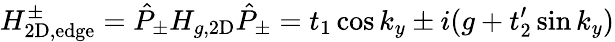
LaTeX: H_{\mathrm{2D,edge}}^{\pm}=\hat{P}_{\pm}H_{g,\mathrm{2D}}\hat{P}_{\pm}=t_{1}\cos k_{y}\pm i(g+t_{2}^{\prime}\sin k_{y})